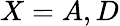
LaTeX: X=A,D